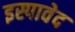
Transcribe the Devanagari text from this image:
इस्पावेद